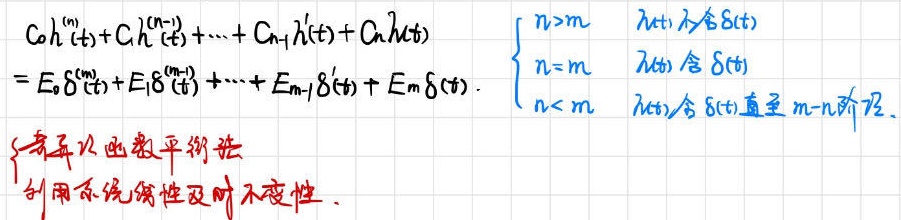
\[
\begin{align*}
C_0 h^{(n)}(t)+C_1 h^{(n - 1)}(t)+\cdots + C_{n-1} h^{\prime}(t)+C_n h(t)&\\
=E_0 \delta^{(m)}(t)+E_1 \delta^{(m - 1)}(t)+\cdots + E_{m-1} \delta^{\prime}(t)+E_m \delta(t).&
\begin{cases}
n>m & h(t)\text{不含}\delta(t)\\
n = m & h(t)\text{含}\delta(t)\\
n<m & h(t)\text{含}\delta(t)\text{直至}m - n\text{阶导}
\end{cases}
\end{align*}
\]
\[
\begin{cases}
\text{步骤一：用函数平衡法}\\
\text{利用系统线性及时不变性}.
\end{cases}
\]